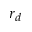
r _ { d }